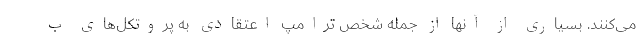
می‌کنند. بسیاری از آنها از جمله شخص ترامپ اعتقادی به پروتکل‌های ب